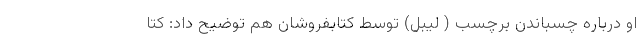
او درباره چسباندن برچسب ( لیبل) توسط کتابفروشان هم توضیح داد: کتا